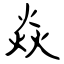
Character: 焱